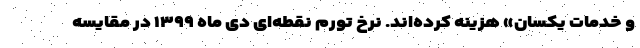
و خدمات یکسان» هزینه کرده­اند. نرخ تورم نقطه‌ای دی ماه ١٣٩٩ در مقایسه